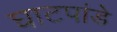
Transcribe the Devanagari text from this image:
घाटपांडे